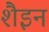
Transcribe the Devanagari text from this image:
शैइन